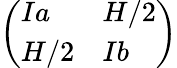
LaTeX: \left(\begin{array}{ll}{Ia}&{H/2}\\ {H/2}&{Ib}\end{array}\right)